Jaan_Tonisson_(Lasteleht), lk 312
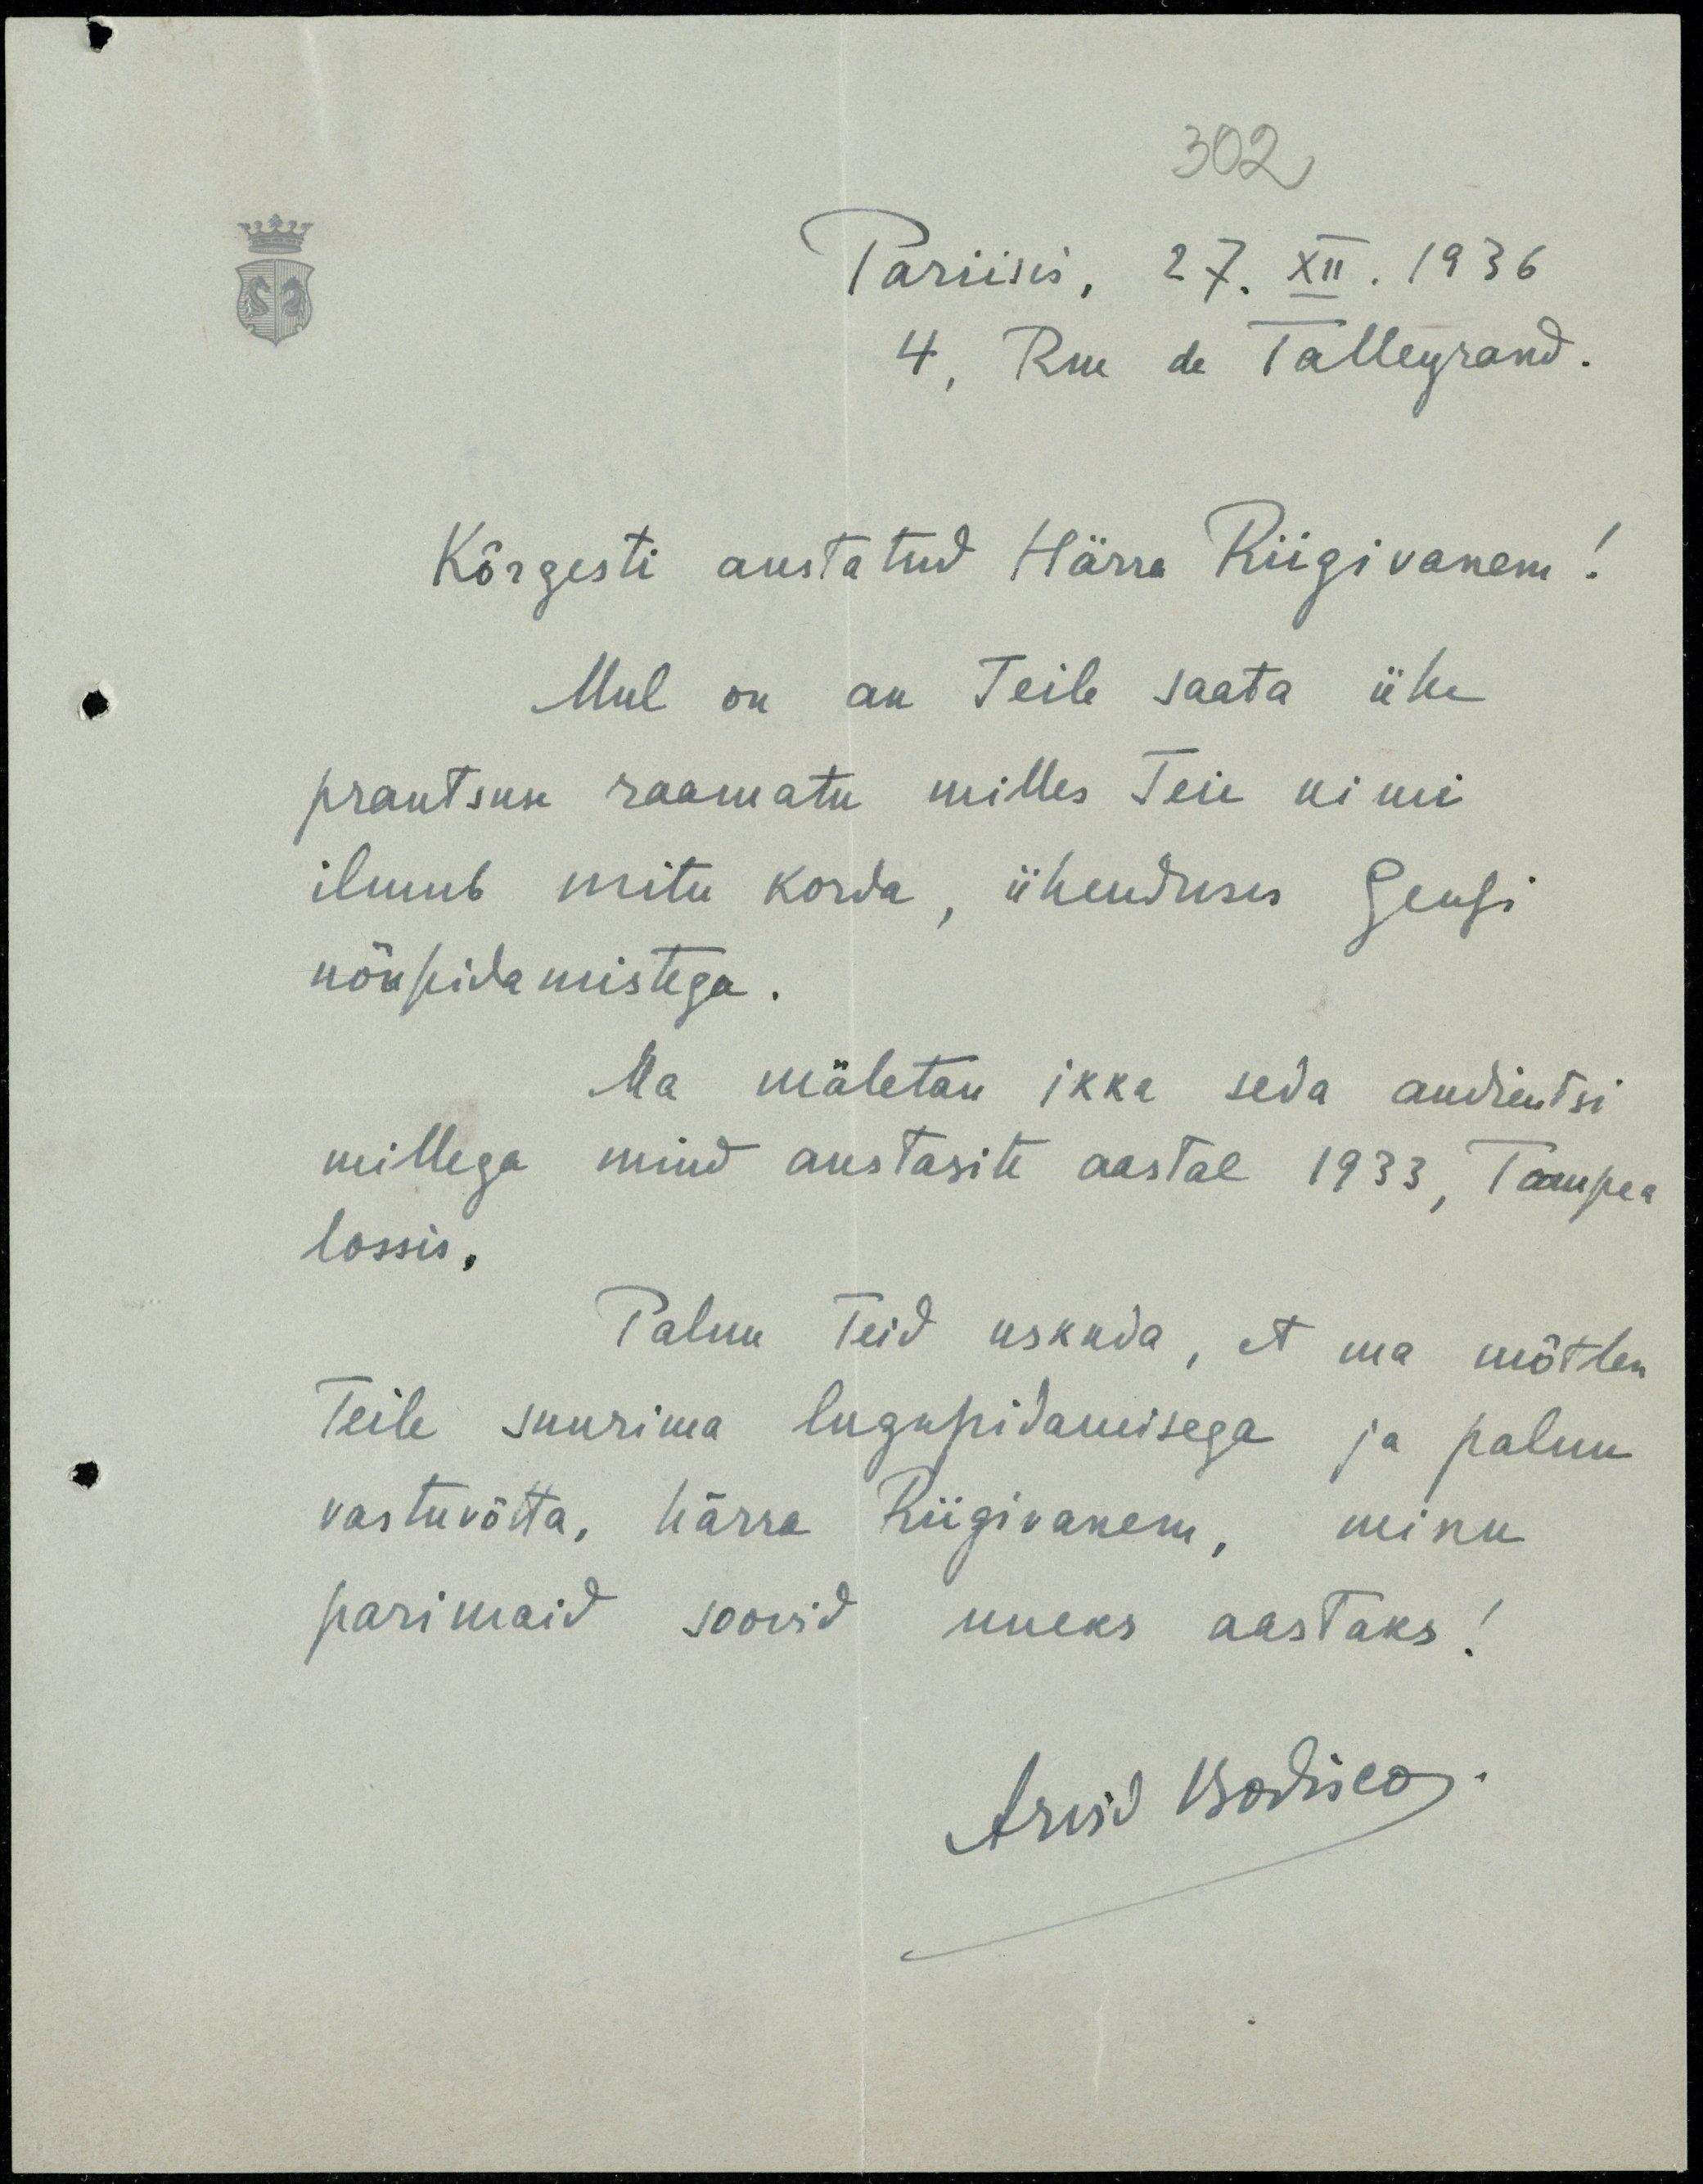
302
Pariisis, 27. XII. 1936
4, Rue de Talleyrand.
Kõrgesti austatud Härra Riigivanem!
Mul on au Teile saata ühe
prantsuse raamatu milles Teie nimi
ilmub mitu korda, ühenduses Genfi
nõupidamistega.
Ma mäletan ikka seda audientsi
millega mind austasite aastal 1933, Toompea
lossis.
Palun Teid uskuda, et ma mõtlen
Teile suurima lugupidamisega ja palun
vastuvõtta, härra Riigivanem, minu
parimaid soovid uueks aastaks!
Arvid Bodisco.